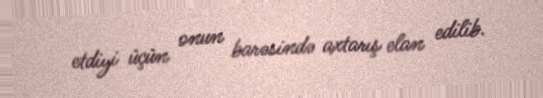
etdiyi üçün onun barəsində axtarış elan edilib.